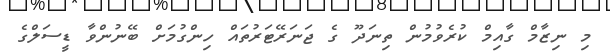
މި ނިޒާމް ގާއިމް ކުރެވުމުން ތިނަދޫ ގެ ޖަނަރޭޓަރުތައް ހިންގުމަށް ބޭނުންވާ ޑީސަލްގެ